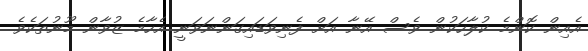
އެއިން ކޮންމެ ކުލާހަކުން ވެސް އޭނާ އަށް ފެނިވަޑައިގަންނަވަނީ އެހާމެ ޒުވާން މޫނުތަކެވެ.